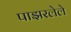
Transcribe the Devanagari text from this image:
पाझरलेले